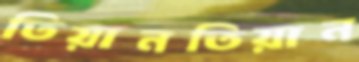
তিয়ানতিয়ান